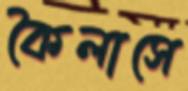
কৈলাসে